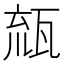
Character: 𤭕